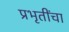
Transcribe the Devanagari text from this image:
प्रभृतींचा